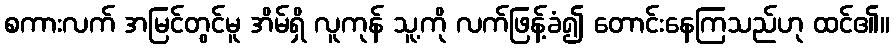
စကားလက် အမြင်တွင်မူ အိမ်ရှိ လူကုန် သူ့ကို လက်ဖြန့်ခံ၍ တောင်းနေကြသည်ဟု ထင်၏။